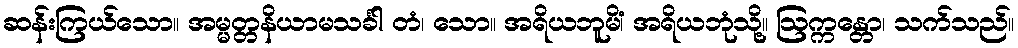
ဆန်းကြယ်သော။ အမ္မတ္တနိယာမသင်္ခါ တံ၊ သော။ အရိယဘူမိံ၊ အရိယဘုံသို့။ ဩက္ကန္တော၊ သက်သည်။